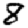
Digit: 8